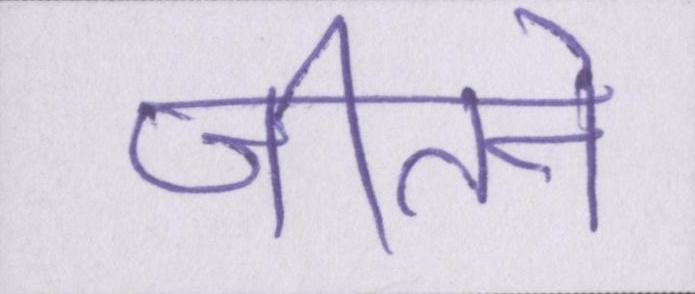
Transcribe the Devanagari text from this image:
जीतने